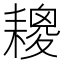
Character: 𦔕